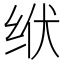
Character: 𫄢